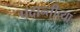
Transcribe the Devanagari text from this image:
पदान्तीच्या